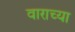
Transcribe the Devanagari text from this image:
वाराच्या